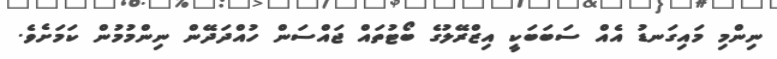
ނިންމި މައިގަނޑު އެއް ސަބަބަކީ އިޒްރޭލުގެ ބޯޓުތައް ޖައްސަން ހުއްދަދޭން ނިންމުމުން ކަމަށެވެ.